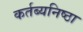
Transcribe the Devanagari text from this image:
कर्तब्यनिष्ठा